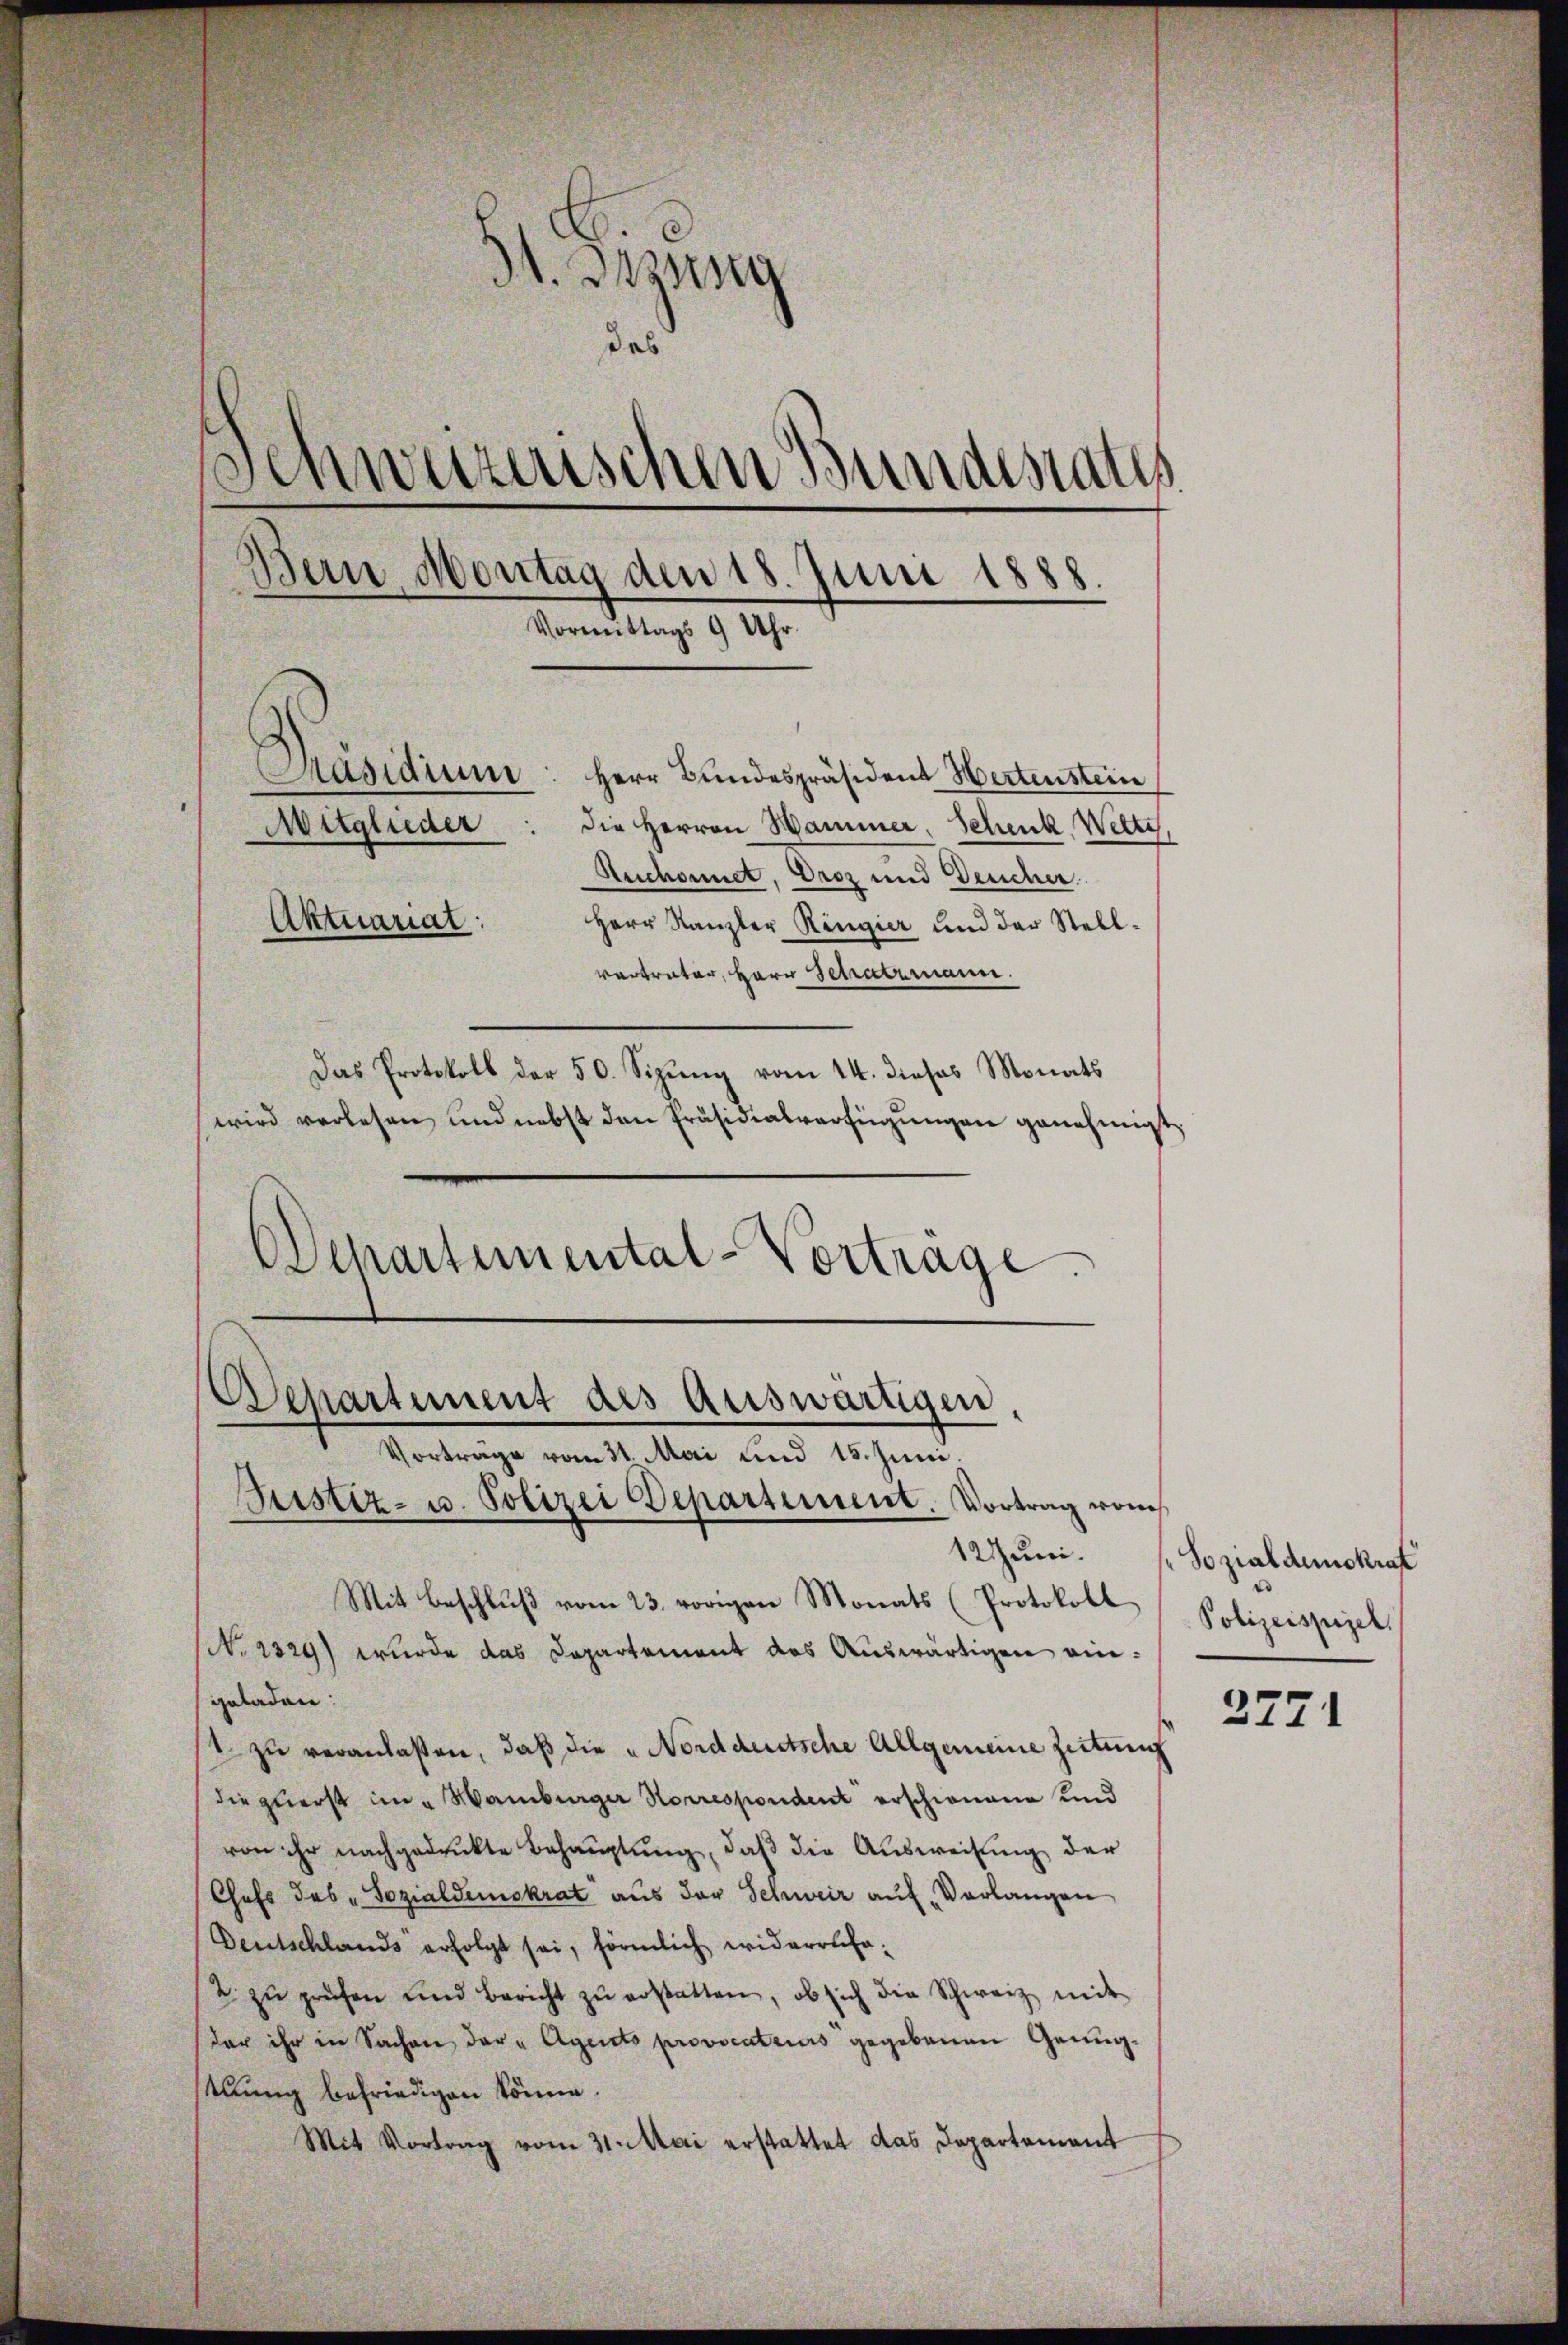
.
dt. Dasseng
das
Schweizerischen Bundesrates
Bern, Montag den 18. Juni 1888.
.
Vormittags 9 Uhr.
Präsidium
Herr Bundespräsident Hertenstein
die Herren Hammer, Schenk, Wette
Mitglieder
Auchonnet, Droz und Deucher
Aktuariat:
Herr Kanzler Ringier und der Stellvertrater, Herr Schatzmann.
Das Protokoll der 50. Sizung vom 14. dieses Monats
wird verlesen und nebst den Präsidialverfügungen genehmigt

Departement des Auswärtigen,
Vortrage vom 31. Mai und 15. Juni.

Justiz- u. Polizei Departement. Vortrag vom
12 Juni.
Mit Beschlŭβ vom 23. vorigen Monats (Protokoll Polizeispiel.
No 1329) wurde das Departement das Auswärtigen eingeladen:
1 zu veranlaßen, daß die „Norddeutsche Allgemeine Zeitung
die zuerst im Hamburger Korrespondent erschienang und
von ihr nachgedrukte Behauptung, daβ die Ausweisung der
Chefs des „Sozialdemokrat aus der Schweiz auf Verlangen
Deutschlands erfolgt sei, förmlich widerrufe¬
2 zŭ prüfen und bericht zŭ erstatten, ob sich die Schweiz mit
der ihr in Sachen der "Agento provocateurs gegebenen Genügstlung befriedigen könne.
Mit Vortrag vom 31. Mai erstattet das Departement

Departemental-Vortrage.

Sozialdemokraf

2771